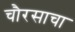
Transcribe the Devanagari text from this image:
चौरसाचा